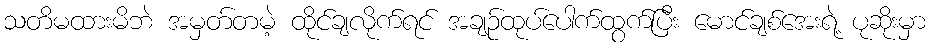
သတိမထားမိဘဲ အမှတ်တမဲ့ ထိုင်ချလိုက်ရင် အချဉ်ထုပ်ပေါက်ထွက်ပြီး မောင်ချစ်အေးရဲ့ ပုဆိုးမှာ